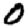
Digit: 0